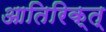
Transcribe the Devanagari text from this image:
आतिरिक्त्